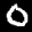
Label: 0